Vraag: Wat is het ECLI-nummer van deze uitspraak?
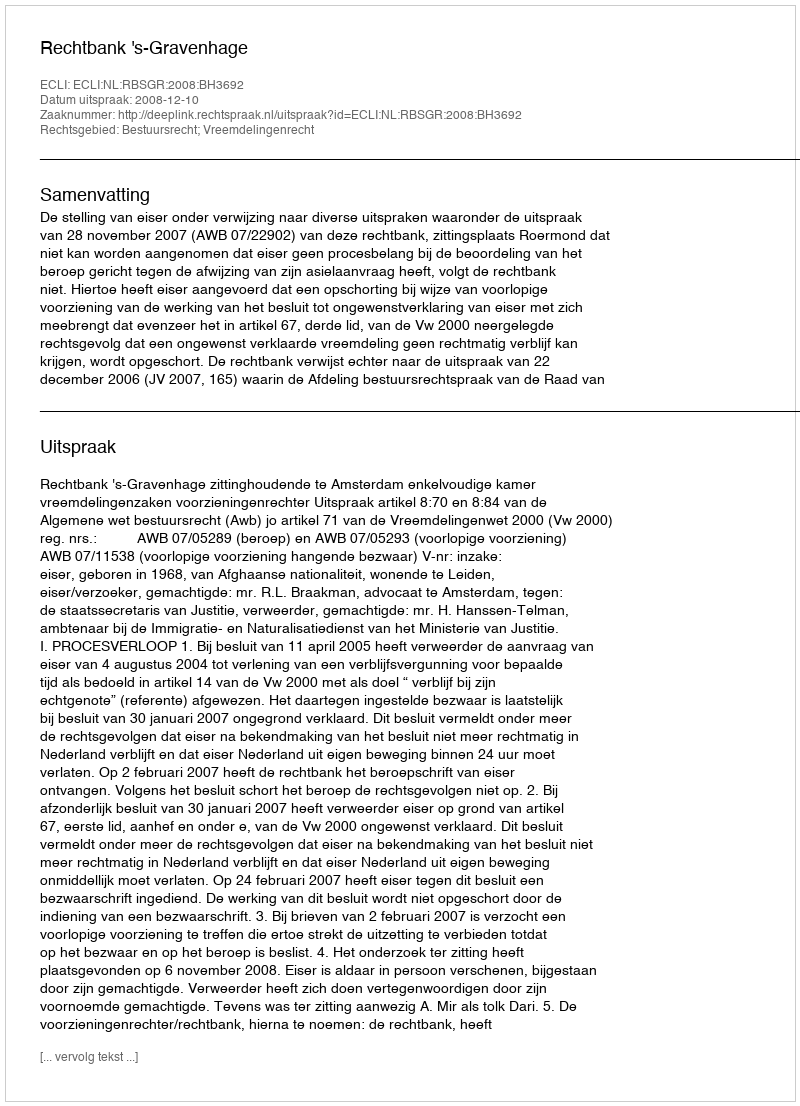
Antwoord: ECLI:NL:RBSGR:2008:BH3692